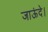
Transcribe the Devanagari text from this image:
जाऊंदे।